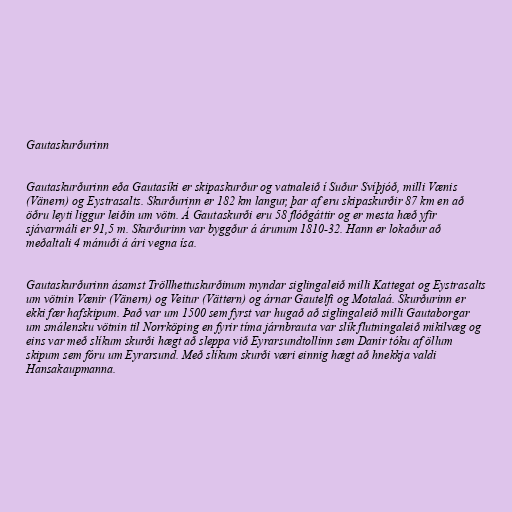
Gautaskurðurinn

Gautaskurðurinn eða Gautasíki er skipaskurður og vatnaleið í Suður Svíþjóð, milli Vænis
(Vänern) og Eystrasalts. Skurðurinn er 182 km langur, þar af eru skipaskurðir 87 km en að
öðru leyti liggur leiðin um vötn. Á Gautaskurði eru 58 flóðgáttir og er mesta hæð yfir
sjávarmáli er 91,5 m. Skurðurinn var byggður á árunum 1810-32. Hann er lokaður að
meðaltali 4 mánuði á ári vegna ísa.

Gautaskurðurinn ásamst Tröllhettuskurðinum myndar siglingaleið milli Kattegat og Eystrasalts
um vötnin Vænir (Vänern) og Veitur (Vättern) og árnar Gautelfi og Motalaá. Skurðurinn er
ekki fær hafskipum. Það var um 1500 sem fyrst var hugað að siglingaleið milli Gautaborgar
um smálensku vötnin til Norrköping en fyrir tíma járnbrauta var slík flutningaleið mikilvæg og
eins var með slíkum skurði hægt að sleppa við Eyrarsundtollinn sem Danir tóku af öllum
skipum sem fóru um Eyrarsund. Með slíkum skurði væri einnig hægt að hnekkja valdi
Hansakaupmanna.